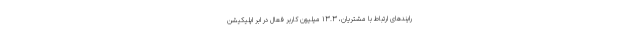
رایندهای ارتباط با مشتریان، ۱۳.۳ میلیون کاربر فعال در اَبَر اپلیکیشن